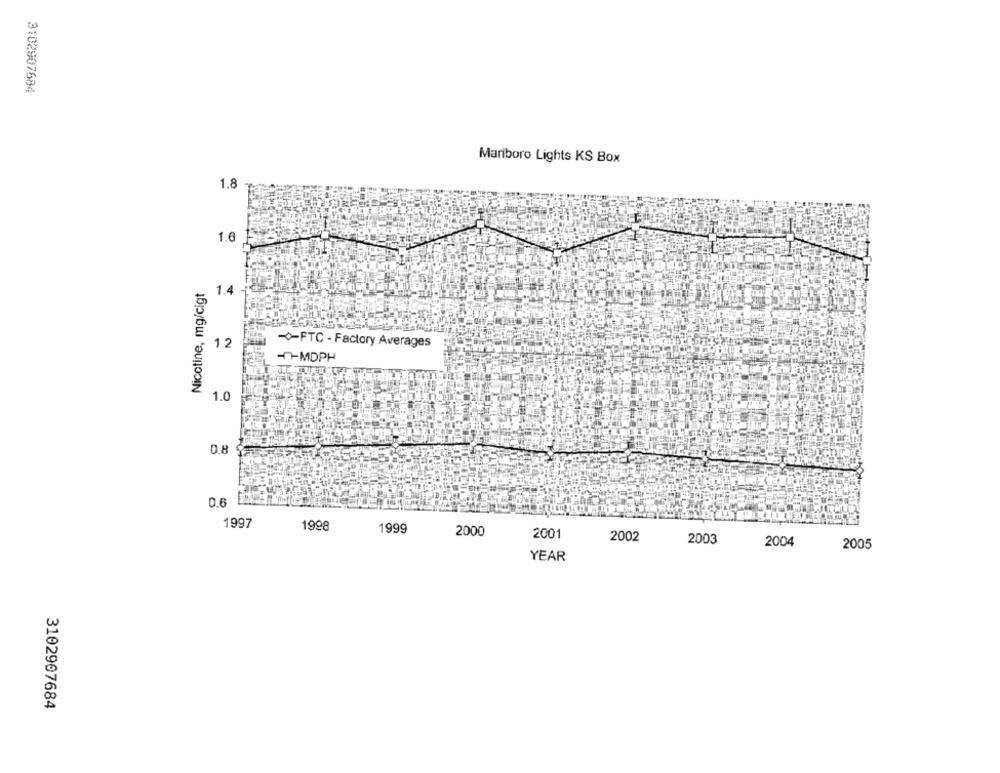
3102907684
Mariboro Lights KS Box
1.8
1.6
Nicotine, mg/cigt
1.4
FTC - Factory Averages
MDPH
1.0
0.8
0.6
1997
1998
1999
2000
2001
2002
2003
2004
2005
YEAR
3102907684